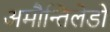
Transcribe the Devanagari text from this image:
अमौन्तिलेडो